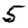
Digit: 5